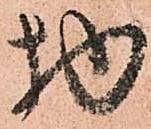
物